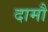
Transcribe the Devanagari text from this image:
दामौ